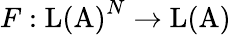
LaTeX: F:\mathrm{L(A)}^{N}\to\mathrm{L(A)}